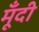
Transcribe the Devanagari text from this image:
मूँदी